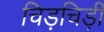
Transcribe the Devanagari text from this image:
चिड़चिड़ी